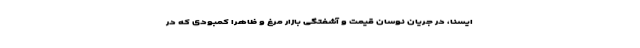
ایسنا، در جریان نوسان قیمت و آشفتگی بازار مرغ و ظاهرا کمبودی که در